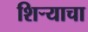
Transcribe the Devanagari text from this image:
शिर्‍याचा